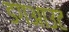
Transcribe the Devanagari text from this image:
डगआउट